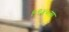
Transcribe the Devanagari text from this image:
१९४०ला